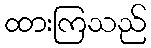
ထားကြသည်